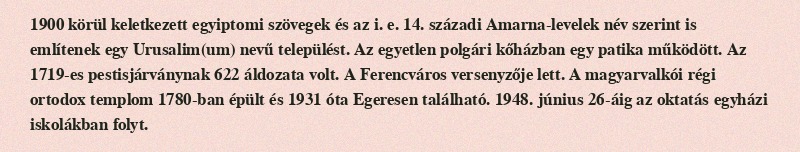
1900 körül keletkezett egyiptomi szövegek és az i. e. 14. századi Amarna-levelek név szerint is említenek egy Urusalim(um) nevű települést. Az egyetlen polgári kőházban egy patika működött. Az 1719-es pestisjárványnak 622 áldozata volt. A Ferencváros versenyzője lett. A magyarvalkói régi ortodox templom 1780-ban épült és 1931 óta Egeresen található. 1948. június 26-áig az oktatás egyházi iskolákban folyt.